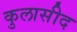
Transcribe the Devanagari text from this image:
कुलासीद